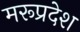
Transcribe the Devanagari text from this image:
मरूप्रदेश